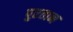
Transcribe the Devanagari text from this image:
पुरतान